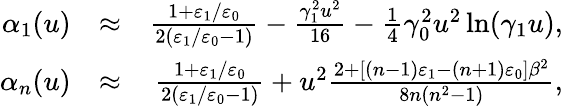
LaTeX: \begin{array}{rlr}{\alpha_{1}(u)}&{\approx}&{\frac{1+\varepsilon_{1}/\varepsilon_{0}}{2\left(\varepsilon_{1}/\varepsilon_{0}-1\right)}-\frac{\gamma_{1}^{2}u^{2}}{16}-\frac{1}{4}\gamma_{0}^{2}u^{2}\ln(\gamma_{1}u),}\\ {\alpha_{n}(u)}&{\approx}&{\frac{1+\varepsilon_{1}/\varepsilon_{0}}{2\left(\varepsilon_{1}/\varepsilon_{0}-1\right)}+u^{2}\frac{2+\left[\left(n-1\right)\varepsilon_{1}-\left(n+1\right)\varepsilon_{0}\right]\beta^{2}}{8n\left(n^{2}-1\right)},}\end{array}